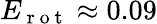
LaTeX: E_{\mathrm{~r~o~t~}}\approx 0.09